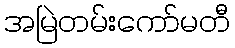
အမြဲတမ်းကော်မတီ